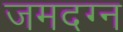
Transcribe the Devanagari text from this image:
जमदग्न